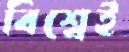
বিশ্বেই